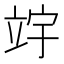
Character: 𫁢